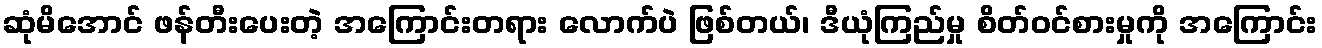
ဆုံမိအောင် ဖန်တီးပေးတဲ့ အကြောင်းတရား လောက်ပဲ ဖြစ်တယ်၊ ဒီယုံကြည်မှု စိတ်ဝင်စားမှုကို အကြောင်း